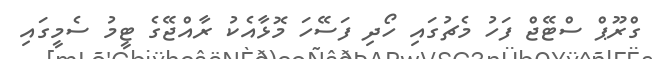
ގްރޫޕް ސްޓޭޖް ފަހު މެޗުގައި ހޯދި ފަސޭހަ މޮޅާއެކު ރާއްޖޭގެ ޓީމު ސެމީގައި